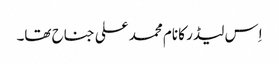
اِس لیڈر کا نام محمد علی جناح تھا۔